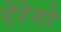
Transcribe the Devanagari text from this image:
ऐंरेगो